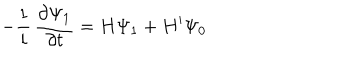
- { \frac { 1 } { i } } \, { \frac { \partial \Psi _ { 1 } } { \partial t } } = H \Psi _ { 1 } + H ^ { \prime } \Psi _ { 0 }